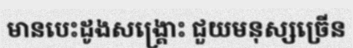
មានបេះដូងសង្គ្រោះ ជួយមនុស្សច្រើន